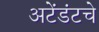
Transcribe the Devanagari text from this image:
अटेंडंटचे